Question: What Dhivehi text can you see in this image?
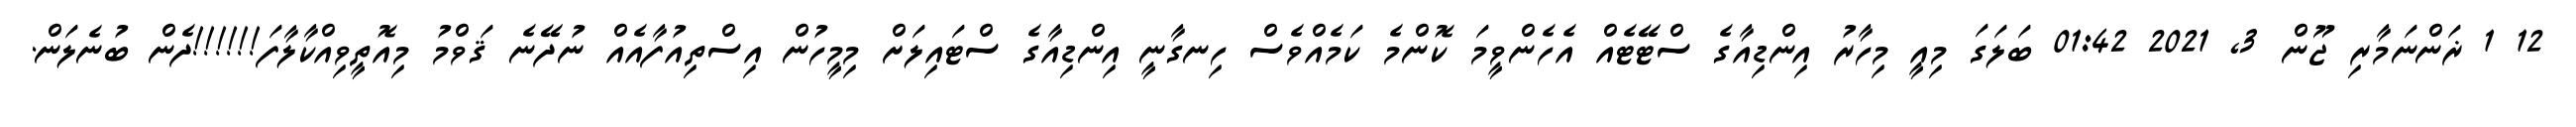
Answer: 12 1 ޜަންނަމާރި ޖޫން 3, 2021 01:42 ބަލަގަ މިއީ މިހާރު އިންޑިއާގެ ސްޓޭޓެއް އެހެންވީމަ ކޮންމެ ކަމެއްވެސް ހިނގާނީ އިންޑިއާގެ ސްޓައިލަށް މިމީހުން އިސްތިއުފާއެއް ނުދޭނެ ޤަވްމު މިއޮތީވިއްކާލާފަ!!!!!!ދެން ބުނެލަން.